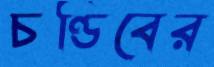
চণ্ডিবের